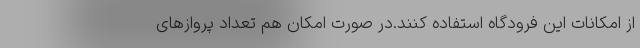
از امکانات این فرودگاه استفاده کنند.در صورت امکان هم تعداد پروازهای